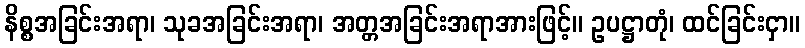
နိစ္စအခြင်းအရာ၊ သုခအခြင်းအရာ၊ အတ္တအခြင်းအရာအားဖြင့်။ ဥပဋ္ဌာတုံ၊ ထင်ခြင်းငှာ။